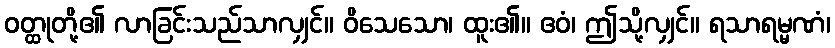
ဝတ္ထုတို့၏ လာခြင်းသည်သာလျှင်။ ဝိသေသော၊ ထူး၏။ ဧဝံ၊ ဤသို့လျှင်။ ရသာရမ္မဏံ၊